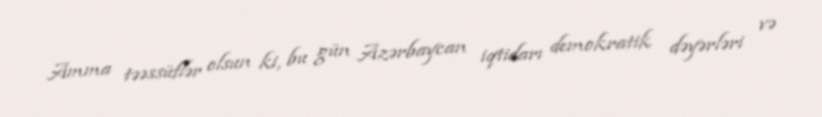
Amma təəssüflər olsun ki, bu gün Azərbaycan iqtidarı demokratik dəyərləri və